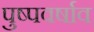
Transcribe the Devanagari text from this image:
पुष्पवर्षाव